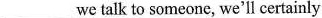
___ we talk to someone, we'll certainly